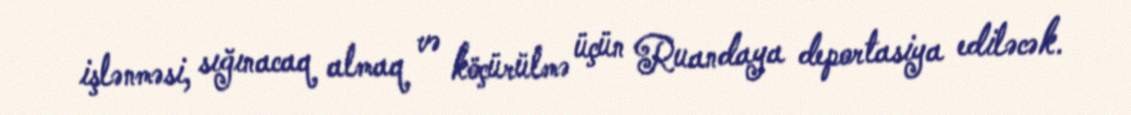
işlənməsi, sığınacaq almaq və köçürülmə üçün Ruandaya deportasiya ediləcək.